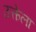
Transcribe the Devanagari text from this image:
उत्केला